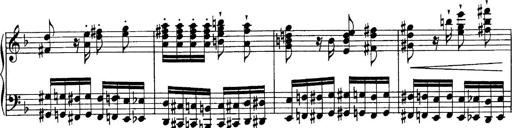
Title: Sonatina No.6
Composer: Ferruccio Busoni